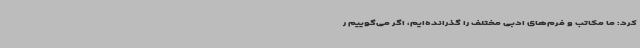
کرد: ما مکاتب و فرم‌های ادبی مختلف را گذرانده‌ایم، اگر می‌گوییم ر